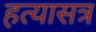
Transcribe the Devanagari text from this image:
हत्यासत्र